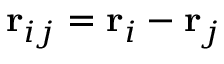
\mathbf { r } _ { i j } = \mathbf { r } _ { i } - \mathbf { r } _ { j }